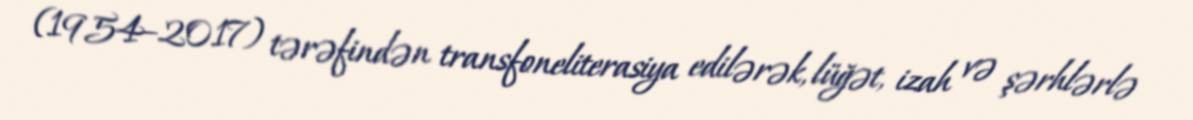
(1954–2017) tərəfindən transfoneliterasiya edilərək, lüğət, izah və şərhlərlə